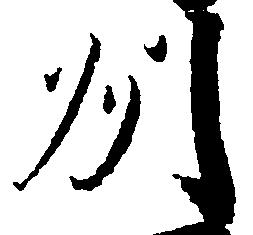
州